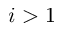
i > 1